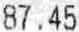
87.45